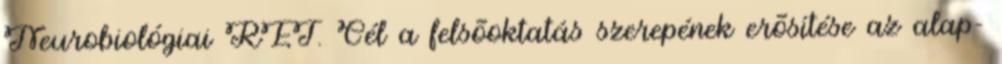
Neurobiológiai RET. Cél a felsõoktatás szerepének erõsítése az alap-